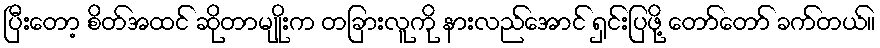
ပြီးတော့ စိတ်အထင် ဆိုတာမျိုးက တခြားလူကို နားလည်အောင် ရှင်းပြဖို့ တော်တော် ခက်တယ်။